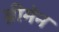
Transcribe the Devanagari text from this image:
ब्रीमेन